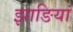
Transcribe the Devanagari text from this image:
झाङियां